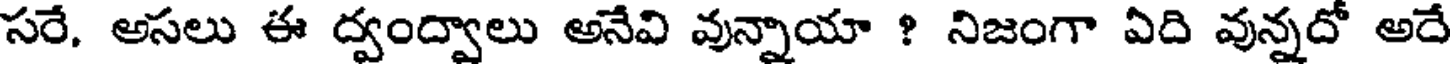
సరే. అసలు ఈ ద్వంద్వాలు అనేవి వున్నాయా ? నిజంగా ఏది వున్నదో అదే